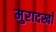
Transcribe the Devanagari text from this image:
मुरादखाँ